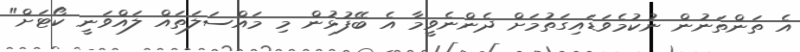
އެ ތަންތަނުން ނުކުމެވަޑައިގަތުމަށް ދެންނެވީމާ އެ ބޭފުޅުން މި މައްސަލަތައް ލައްވަނީ ކޯޓަށް"